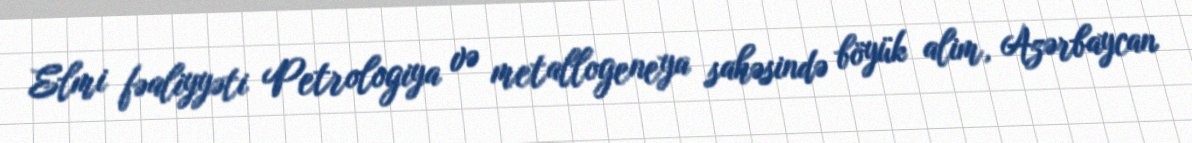
Elmi fəaliyyəti Petrologiya və metallogeneya sahəsində böyük alim, Azərbaycan